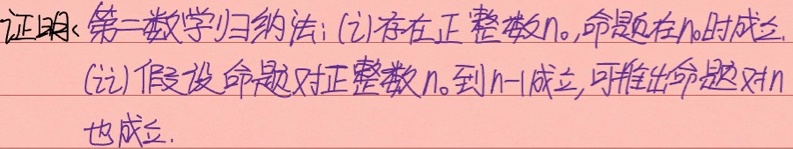
证明：第二数学归纳法：(ⅰ)存在正整数\(n_{0}\)，命题在\(n_{0}\)时成立.
(ⅱ)假设命题对正整数\(n_{0}\)到\(n - 1\)成立，可推出命题对\(n\)也成立.